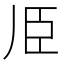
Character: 𱼧